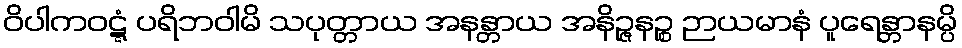
ဝိပါကဝဋ္ဋံ ပရိဘဝါမိ သပုတ္တာယ အနန္တာယ အနိဉ္ဇနဉ္စ ဉာယမာနံ ပူရေန္တာနမ္ပိ